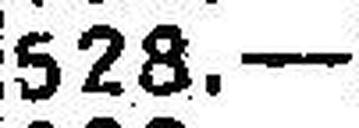
528.—